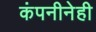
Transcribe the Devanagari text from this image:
कंपनीनेही